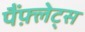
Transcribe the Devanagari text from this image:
पैंफ़्लेट्स